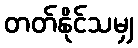
တတ်နိုင်သမျှ